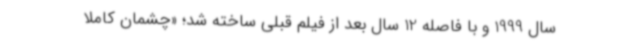
سال 1999 و با فاصله 12 سال بعد از فیلم قبلی ساخته شد؛ «چشمان کاملا